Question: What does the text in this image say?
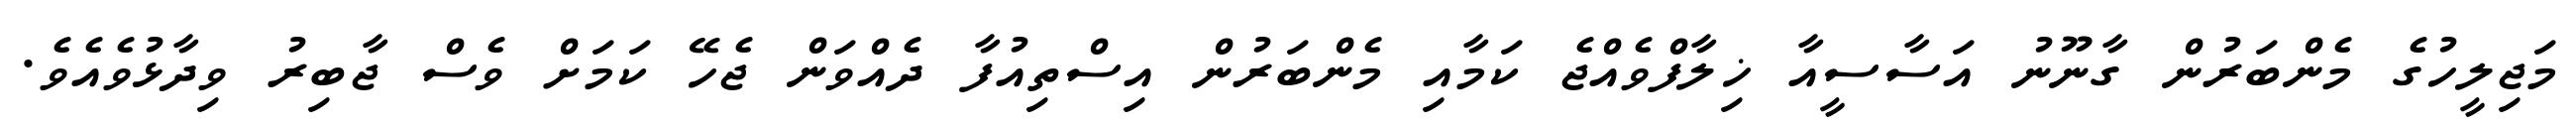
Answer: މަޖިލީހުގެ މެންބަރުން ގާނޫނު އަސާސީއާ ޚިލާފްވެއްޖެ ކަމާއި މެންބަރުން އިސްތިއުފާ ދެއްވަން ޖެހޭ ކަމަށް ވެސް ޖާބިރު ވިދާޅުވެއެވެ.